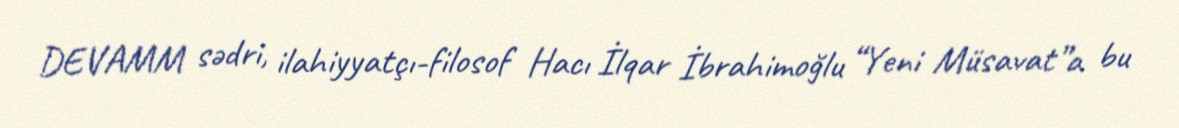
DEVAMM sədri, ilahiyyatçı-filosof Hacı İlqar İbrahimoğlu “Yeni Müsavat”a bu